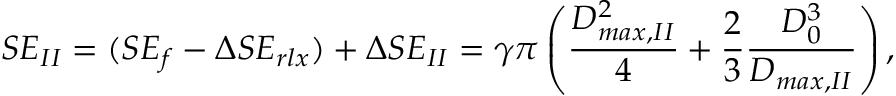
S E _ { I I } = ( S E _ { f } - \Delta S E _ { r l x } ) + \Delta S E _ { I I } = \gamma \pi \left( \frac { D _ { m a x , I I } ^ { 2 } } { 4 } + \frac 2 3 \frac { D _ { 0 } ^ { 3 } } { D _ { m a x , I I } } \right) ,